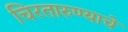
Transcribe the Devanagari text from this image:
चिरतारुण्याचे